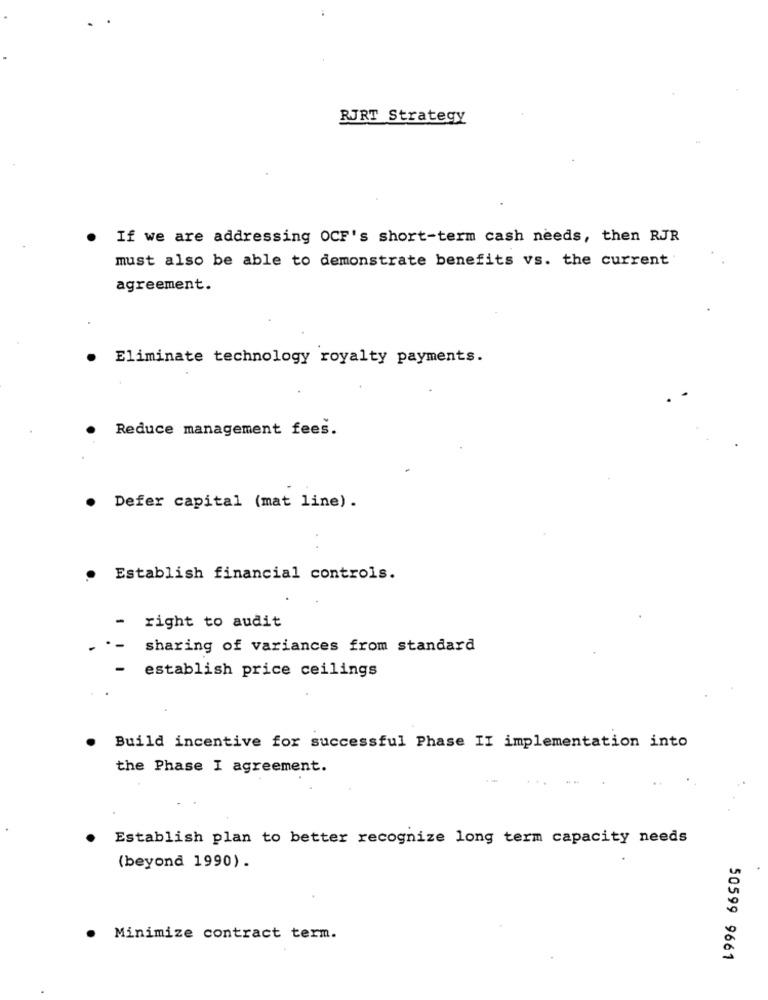
.
RJRT Strategy
If we are addressing OCF's short-term cash needs, then RJR
must also be able to demonstrate benefits vs. the current
agreement.
Eliminate technology royalty payments.
Reduce management fees.
Defer capital (mat line).
Establish financial controls.
-
right to audit
sharing of variances from standard
establish price ceilings
Build incentive for successful Phase II implementation into
the Phase I agreement.
Establish plan to better recognize long term capacity needs
(beyond 1990).
Minimize contract term.
50599 9661